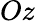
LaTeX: Oz